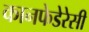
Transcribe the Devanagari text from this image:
कानफेडेरेसी